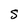
Character: S